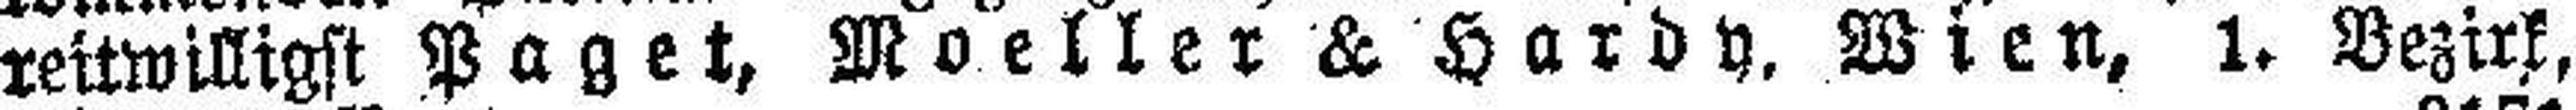
reitwilligst Paget, Moeller & Hardy, Wien, 1. Bezirk,